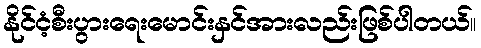
နိုင်ငံ့စီးပွားရေးမောင်းနှင်အားလည်းဖြစ်ပါတယ်။